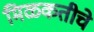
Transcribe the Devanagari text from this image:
मिळकतीचे